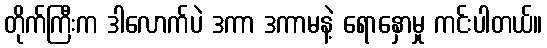
တိုက်ကြီးက ဒါလောက်ပဲ ဒကာ ဒကာမနဲ့ ရောနှောမှု ကင်းပါတယ်။